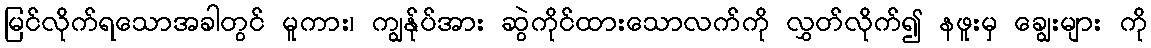
မြင်လိုက်ရသောအခါတွင် မူကား၊ ကျွန်ုပ်အား ဆွဲကိုင်ထားသောလက်ကို လွှတ်လိုက်၍ နဖူးမှ ချွေးများ ကို